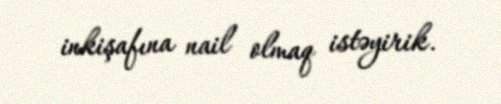
inkişafına nail olmaq istəyirik.